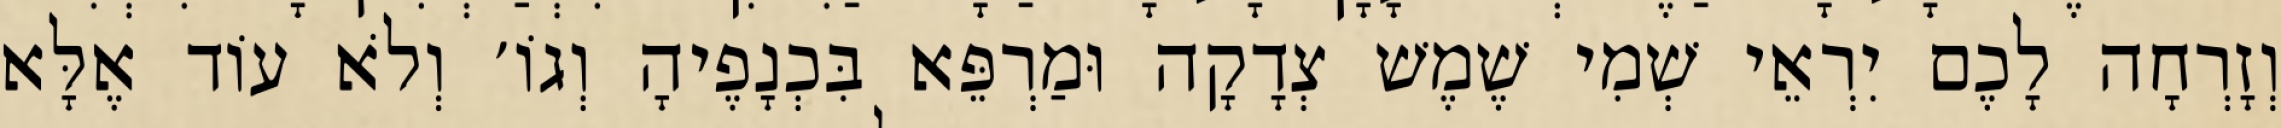
וְזָרְחָה לָכֶם יִרְאֵי שְׁמִי שֶׁמֶשׁ צְדָקָה וּמַרְפֵּא בִּכְנָפֶיהָ וְגוֹ׳ וְלֹא עוֹד אֶלָּא